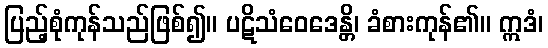
ပြည့်စုံကုန်သည်ဖြစ်၍။ ပဋိသံဝေဒေန္တိ၊ ခံစားကုန်၏။ ဣဒံ၊